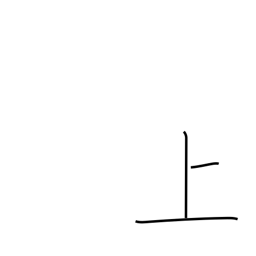
Meaning: up